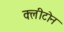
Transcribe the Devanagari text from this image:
क्‍लीटोन